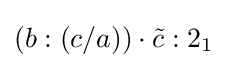
(b:(c/a))\cdot {\tilde {c}}:2_{1}